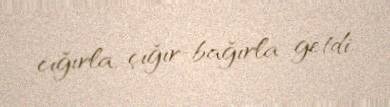
cığırla, çığır-bağırla getdi.